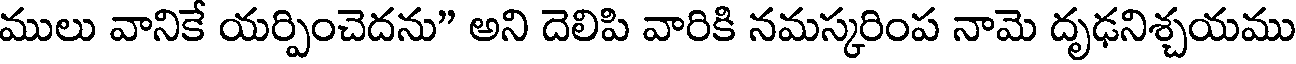
ములు వానికే యర్పించెదను" అని దెలిపి వారికి నమస్కరింప నామె దృఢనిశ్చయము